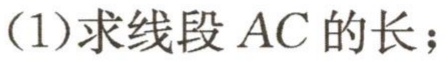
(1)求线段 \(AC\) 的长；